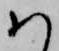
ハ